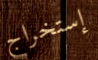
إستخراج